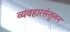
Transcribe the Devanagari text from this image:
व्यवहारसंतुलन